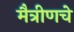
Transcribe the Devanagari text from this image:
मैत्रीणचे